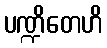
ပဏ္ဍိတေဟိ